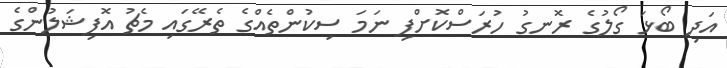
އަދި ބޯޅަ ގޯލުގެ ރޮނގު ހުރަސްކޮށްފި ނަމަ ސިކުންތެއްގެ ތެރޭގައި މެޗު އޮފިޝަލުންގެ